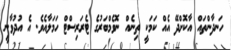
ހަނދާންތައް އާކޮށްދޭ އެއް ކަމަކީ ތިނެއް ނޮވެމްބަރުގެ ޓެރަރިސްޓް ހަމަލާއެވެ. އެ އުދުވާނީ